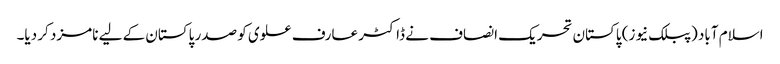
اسلام آباد (پبلک نیوز) پاکستان تحریک انصاف نے ڈاکٹر عارف علوی کو صدر پاکستان کے لیے نامزد کر دیا۔